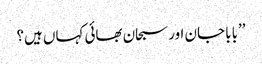
’’بابا جان اور سبحان بھائی کہاں ہیں؟